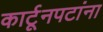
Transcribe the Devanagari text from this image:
कार्टूनपटांना